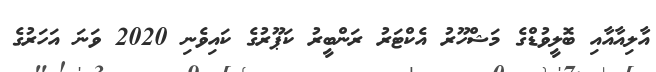
އާލިއާއާއި ބޮލީވުޑްގެ މަޝްހޫރު އެކްޓަރު ރަންބީރު ކަޕޫރުގެ ކައިވެނި 2020 ވަނަ އަހަރުގެ